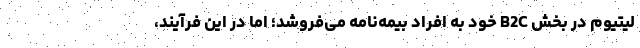
لیتیوم در بخش B2C خود به افراد بیمه‌نامه می‌فروشد؛ اما در این فرآیند،